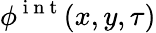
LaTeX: \phi^{\mathrm{~i~n~t~}}(x,y,\tau)